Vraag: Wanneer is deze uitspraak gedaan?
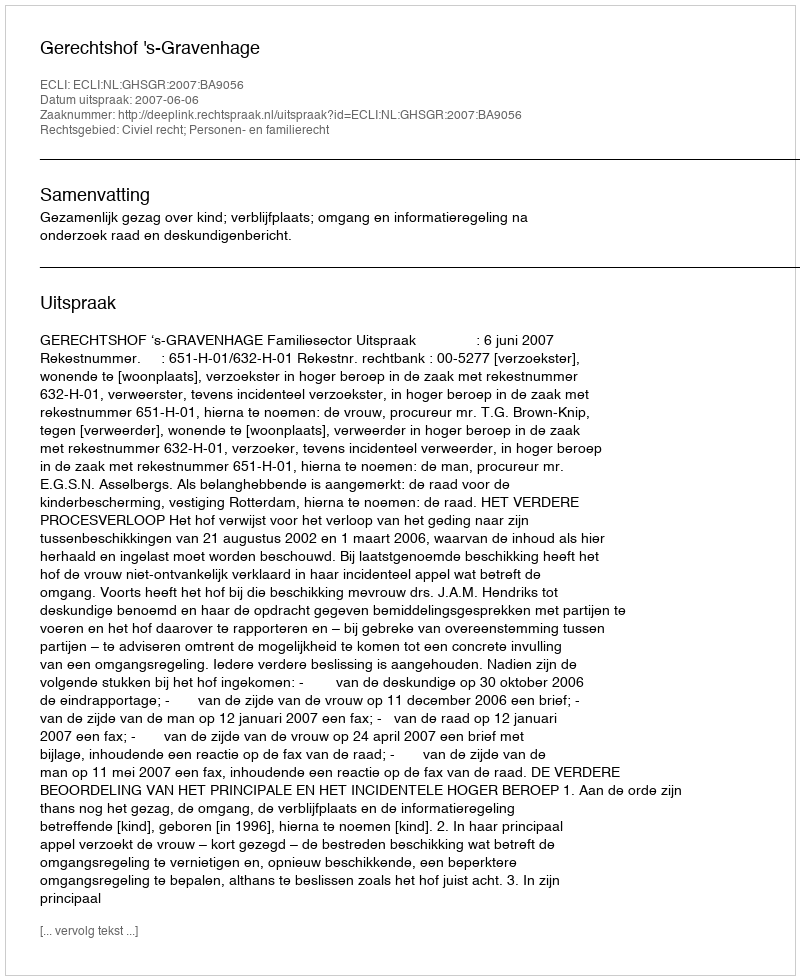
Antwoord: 2007-06-06